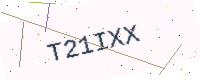
Text: T21IXX